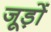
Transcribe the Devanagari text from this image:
जूड़ों